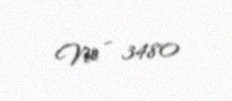
№ - 3480